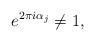
LaTeX: \begin{align*}e^{2\pi i \alpha_j} \neq 1,\end{align*}